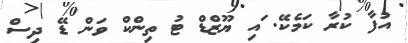
އުފާ ކުރާ ކަމެކޭ. ައި ޔޫޒްޑް ޓު ތިންކް ވަން ޑޭ ދިސް